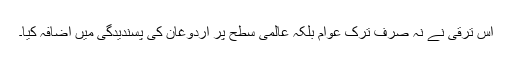
اس ترقی نے نہ صرف ترک عوام بلکہ عالمی سطح پر اردوغان کی پسندیدگی میں اضافہ کیا۔